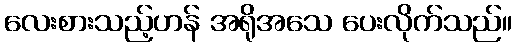
လေးစားသည့်ဟန် အရိုအသေ ပေးလိုက်သည်။